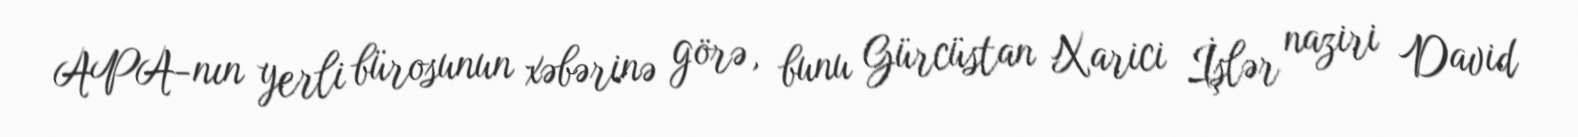
APA-nın yerli bürosunun xəbərinə görə, bunu Gürcüstan Xarici İşlər naziri David